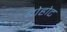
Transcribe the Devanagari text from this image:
बोहोट